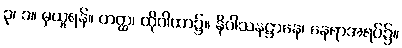
၃၊ ၁။ မှယူရန်။ တတ္ထ၊ ထိုဂါထာ၌။ နိဝါသနဋ္ဌာနေ၊ နေရာအရပ်၌။